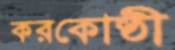
করকোষ্ঠী